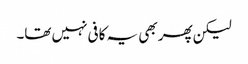
لیکن پھر بھی یہ کافی نہیں تھا۔